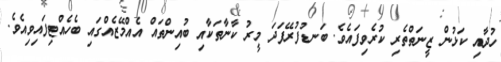
ހުދާއި ކަޅުން ޒީނަތްތެރި ކުރެވިފައެވެ. ބަނޑުފުރޭފަދަ މީރު ކާނާތަކާއި ބުއިންތައް އެއްމޭޒެއްގައި ބެހެއްޓިފައިވިއެވެ.